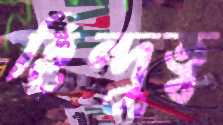
হিন্দুত্ব